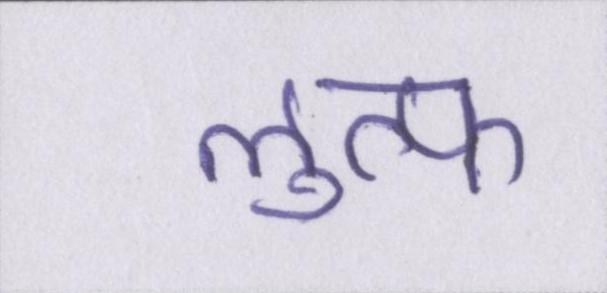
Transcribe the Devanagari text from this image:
लुत्फ